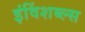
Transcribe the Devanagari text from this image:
इंविंशब्ल्स